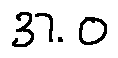
3 7 . 0